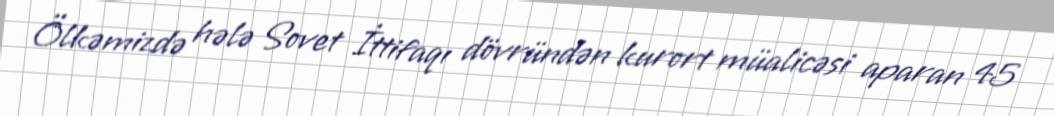
Ölkəmizdə hələ Sovet İttifaqı dövründən kurort müalicəsi aparan 45